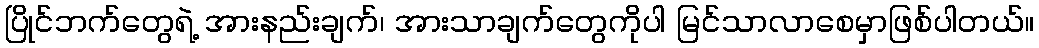
ပြိုင်ဘက်တွေရဲ့ အားနည်းချက်၊ အားသာချက်တွေကိုပါ မြင်သာလာစေမှာဖြစ်ပါတယ်။